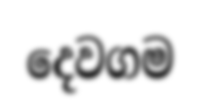
දෙවගම